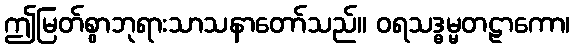
ဤမြတ်စွာဘုရားသာသနာတော်သည်။ ဝရသဒ္ဓမ္မတဠာကော၊